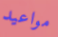
مواعيد